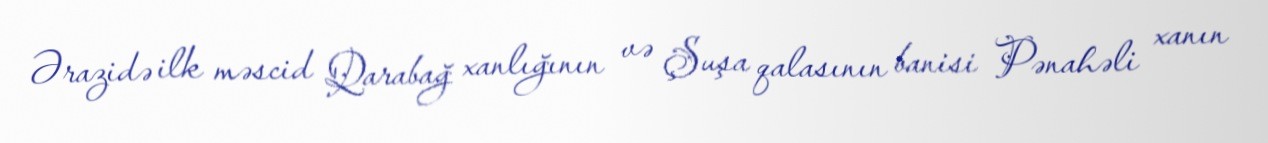
Ərazidə ilk məscid Qarabağ xanlığının və Şuşa qalasının banisi Pənahəli xanın